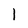
Character: l